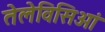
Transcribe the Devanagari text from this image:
तेलेविसिओं